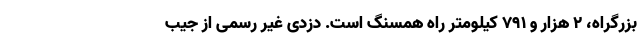
بزرگراه، ۲ هزار و ۷۹۱ کیلومتر راه همسنگ است. دزدی غیر رسمی از جیب